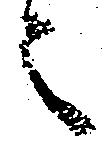
之